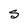
Character: S